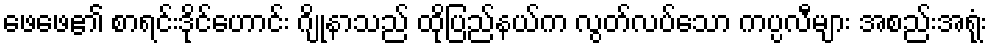
ဖေဖေ၏ စာရင်းဒိုင်ဟောင်း ဂျိုနာသည် ထိုပြည်နယ်က လွတ်လပ်သော ကပ္ပလီများ အစည်းအရုံး